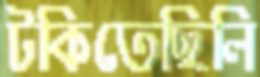
টকিতেছিলি